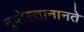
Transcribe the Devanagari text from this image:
नुवोस्तानानते